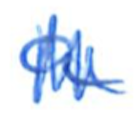
Text: a
Cross-out: zig-zag
Writing tool: ballpoint